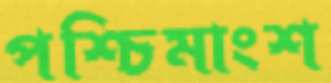
পশ্চিমাংশ